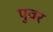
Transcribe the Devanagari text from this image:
पुवर